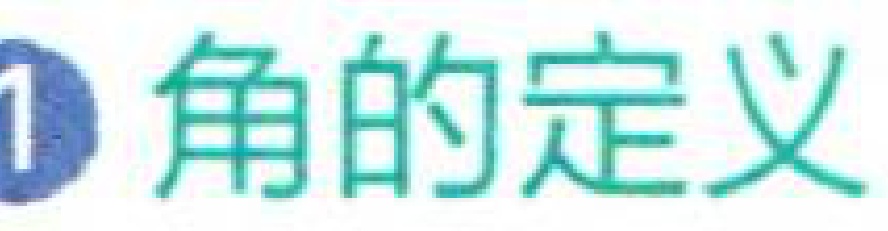
\textcircled{1} 角的定义